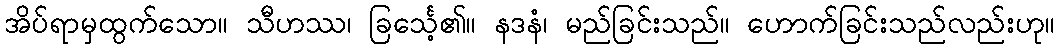
အိပ်ရာမှထွက်သော။ သီဟဿ၊ ခြင်္သေ့၏။ နဒနံ၊ မည်ခြင်းသည်။ ဟောက်ခြင်းသည်လည်းဟု။